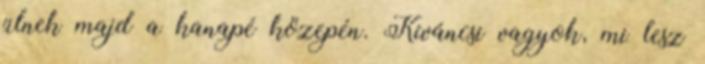
ülnek majd a kanapé közepén. Kíváncsi vagyok, mi lesz